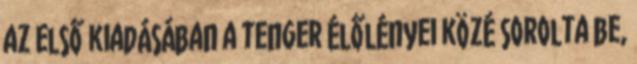
az első kiadásában a tenger élőlényei közé sorolta be,